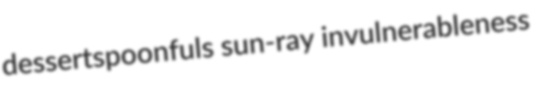
dessertspoonfuls sun-ray invulnerableness